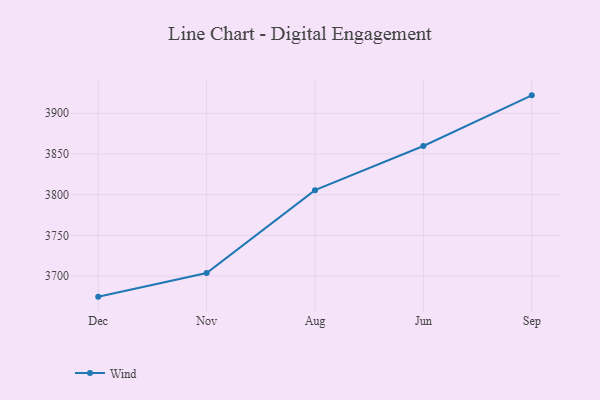
{"axis": {"x": "Month", "y": "Production Output"}, "legend": ["Wind"], "data": [{"x": "Dec", "y": 3674.8, "type": "Wind"}, {"x": "Nov", "y": 3703.9, "type": "Wind"}, {"x": "Aug", "y": 3805.6, "type": "Wind"}, {"x": "Jun", "y": 3859.8, "type": "Wind"}, {"x": "Sep", "y": 3922.0, "type": "Wind"}]}